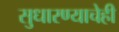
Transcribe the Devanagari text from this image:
सुधारण्याचेही